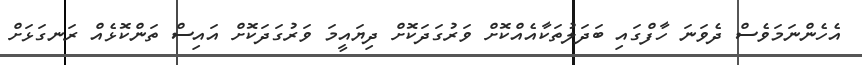
އެހެންނަމަވެސް ދެވަނަ ހާފްގައި ބަދަލުތަކާއެއްކޮށް ވަރުގަދަކޮށް ދިޔައީމަ ވަރުގަދަކޮށް އައިސް ތަންކޮޅެއް ރަނގަޅަށް